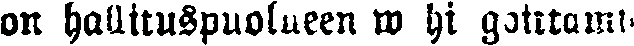
on hallituspuolueen w hi gotitami-